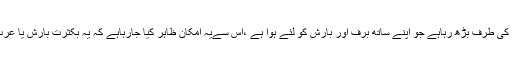
ماہرین موسمیات کا ماننا ہے کہ ہوا کا ایک مضبوط دباؤ عرب کی سرزمین کی طرف بڑھ رہاہے جو اپنے ساتھ برف اور بارش کو لئے ہوا ہے ،اس سےیہ امکان ظاہر کیا جارہاہے کہ یہ بکثرت بارش یا عرب کے صحراؤں میں وافر مقدار میں پانی اور ہریالی کی فراوانی پر دلیل ہے۔